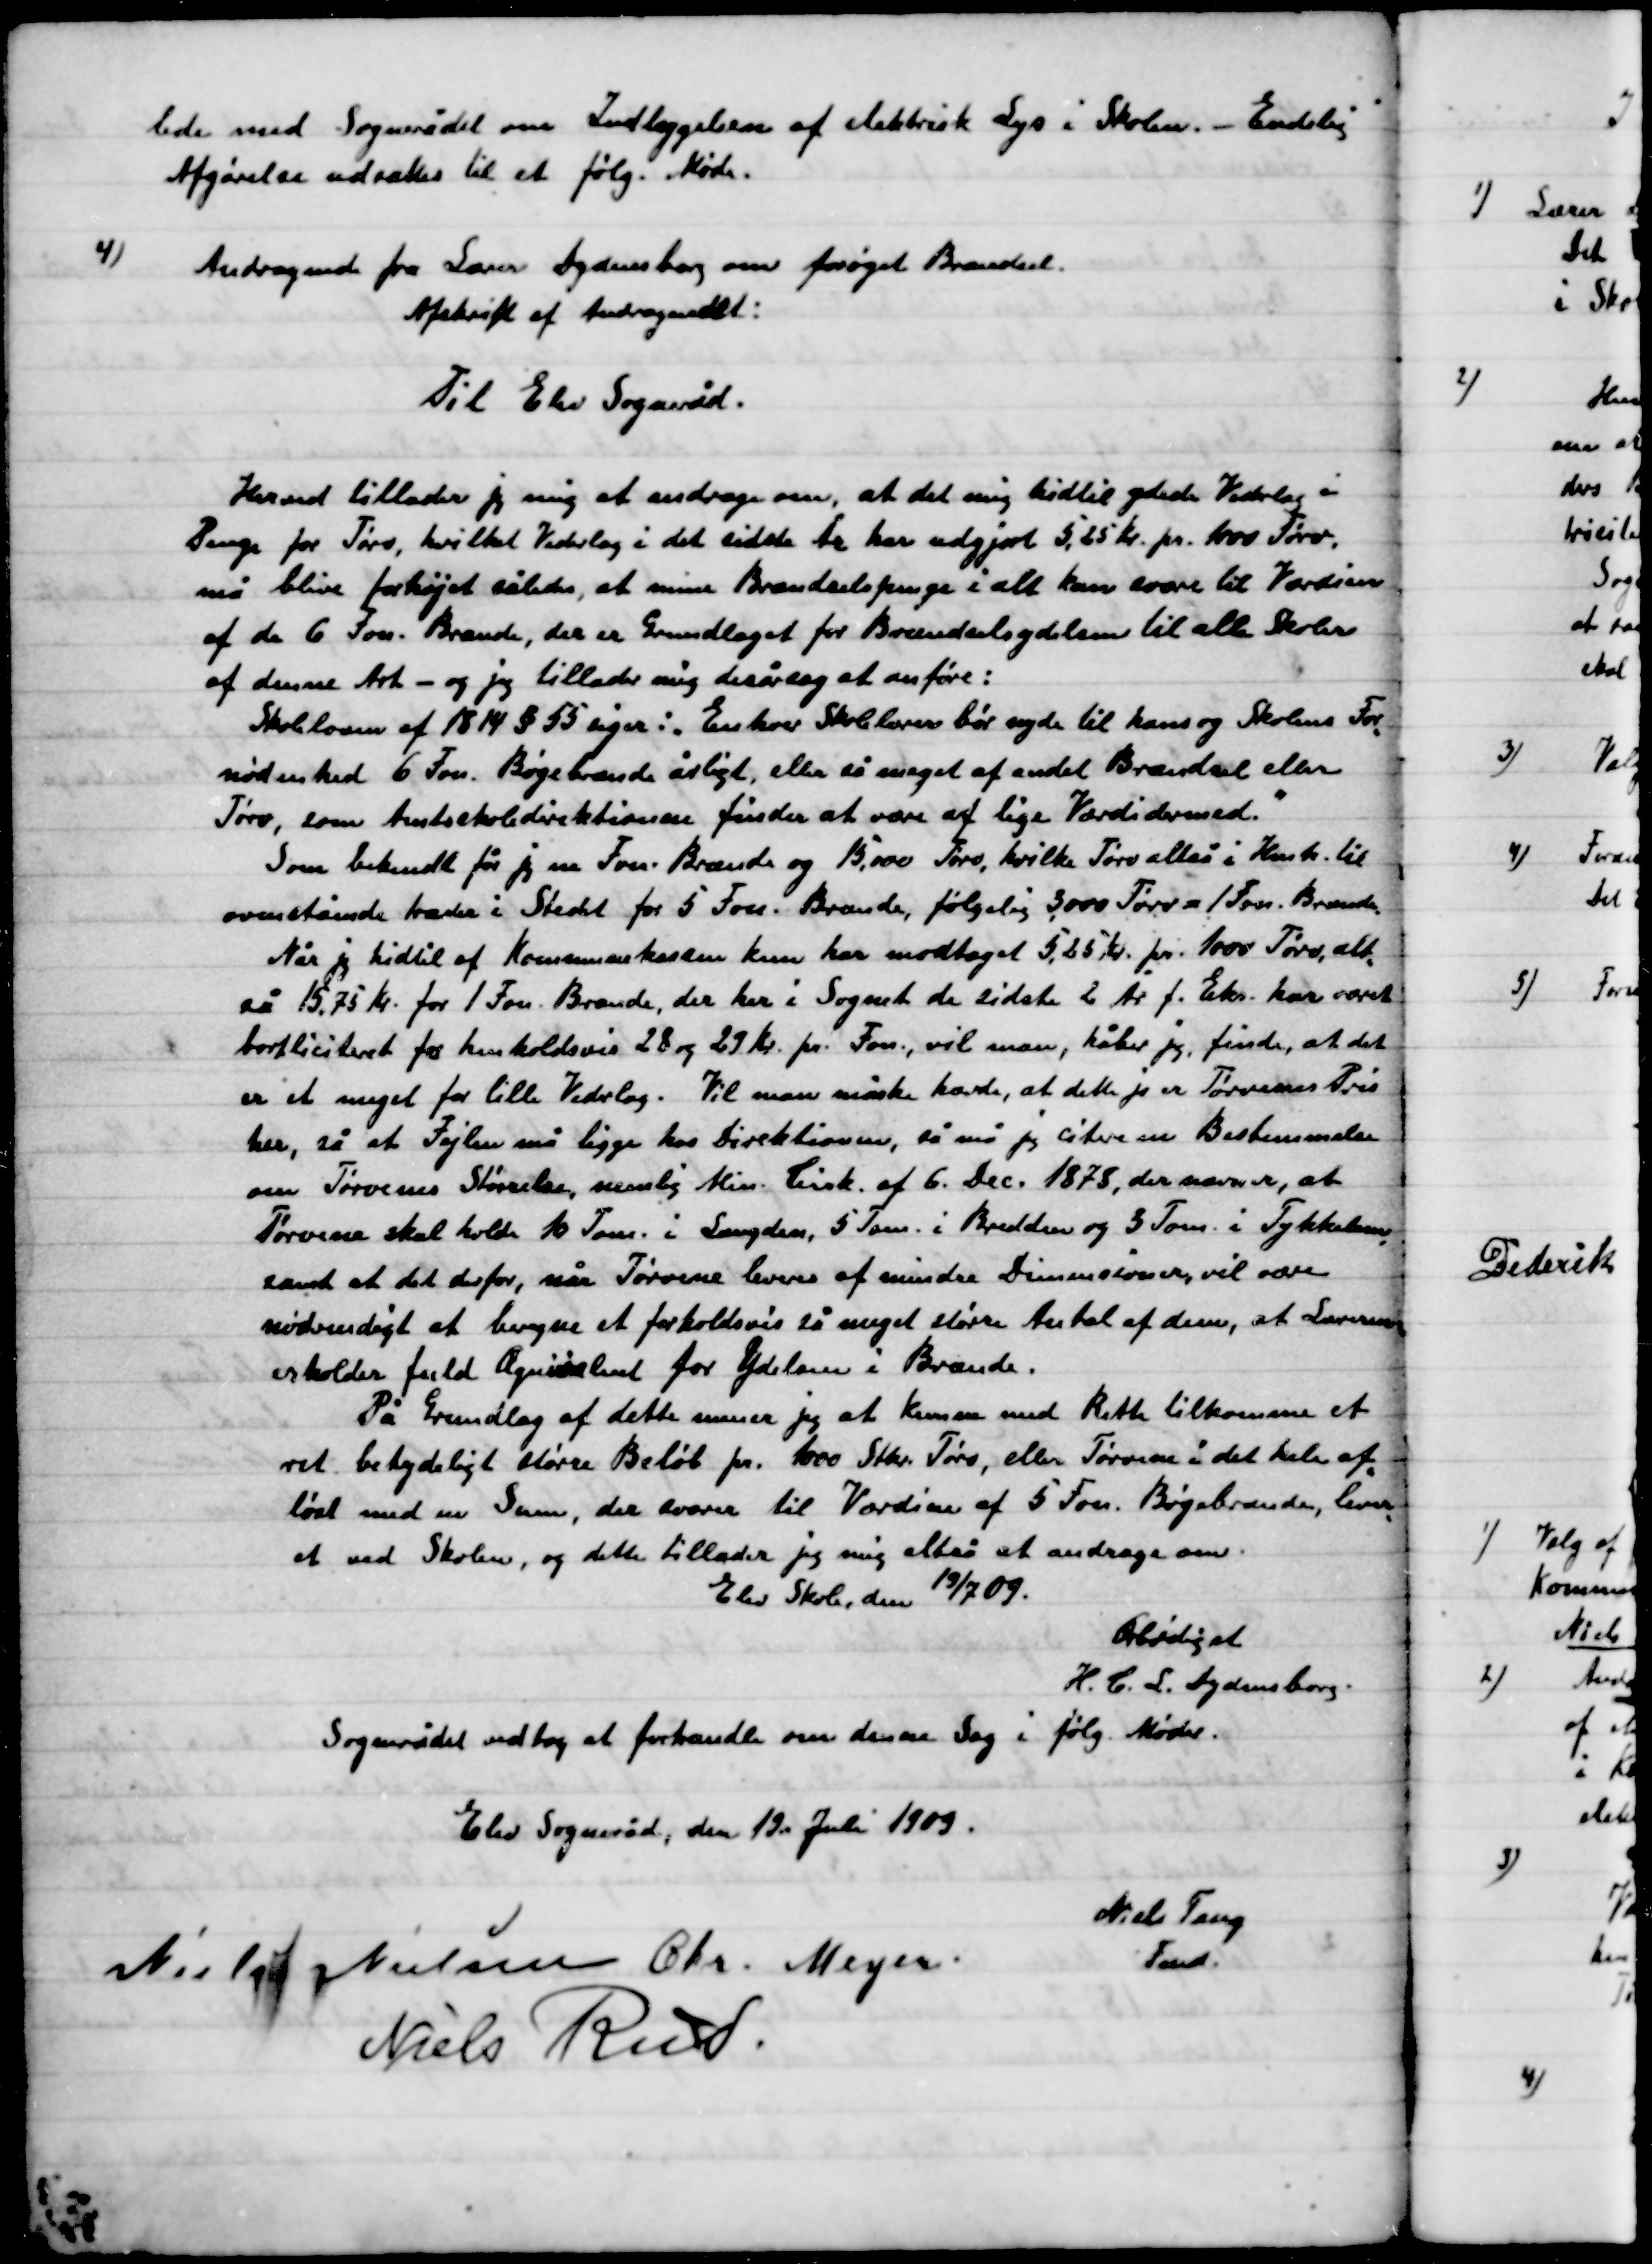
Transskription:
bede med Sognerådet om Indlæggelse af  elektrisk Lys i Skolen. – Endelig
Afgørelse udsattes til et følg. Møde.

4)

Andragende fra Lærer Dydensborg om forøget Brændsel.
Afskrift af Andragendet:

Til Elev Sogneråd.
Herved tillader jeg mig at andrage om, at det mig hidtil ydede Vederlag i
Penge for Tørv, hvilket vederlag i det sidste År har udgjort 5,25 Kr. pr. 1000 Tørv
må blive forhøjet således, at mine Brændselspenge i alt kan svare til Værdien
af de 6 Favn Brænde, der er Grundlaget for Brændselsydelsen til alle Skoler
af denne Art – og jeg tillader mig desårsag at anføre:
Skoleloven af 1814 § 55 siger: ”Enhver Skolelærer bør søge til hans og Skolens For-
nødenhed 6 Favn Bøgebrænde årligt, eller så meget af andet Brændsel eller
Tørv, som Amtsskoledirektionen finder at være af lige Værdi dermed.”
Som bekendt får jeg en Favn Brænde og 15.000 tørv, hvilke Tørv altså i henh. til
ovenstående træder i stedet for 5 Favn. Brænde, følgelig 3.000 Tørv = 1 Favn Brænde.
Når jeg hidtil af Kommunekassen kun har modtaget 5,25 Kr. pr. 1000 Tørv, alt-
så 15,75 Kr. for 1 favn Brænde, der her i Sognet de sidste 2 År f. Eks. har været
bortliciteret for henholdsvis 28 og 29 Kr. pr. Favn, vil man, håber jeg, finde, at det
er et meget for lille Vederlag. Vil man måske have, at dette jo er Tørvenes Pris
her, så at Fejlen må ligge hos Direktionen, så må jeg citere en Bestemmelse
om Tørvenes Størrelse, nemlig Mini. Cirk. af 6 Dec. 1878, der nævner, at
Tørvene skal holde 10 Tom. i Længden, 5 Tom. i Bredden og 3 Tom. i Tykkelsen
samt at det derfor, når tørvene leveres af mindre Dimission vil være
nødvendigt at beregne et forholdsvis så meget større Antal af dem, at Lærerne
erholder fuld  for Ydelsen i Brænde.
På Grundlag af dette anser jeg at Kunne med Rette tilkomme et
ret betydeligt større Beløb pr. 1000 Stkr. Tørv, eller Tørvene i det hele af-
løst med en Sum, der svarer til Værdien af 5 Favn Bøgebrænde, lever-
et ved Skolen, og dette tillader jeg mig altså at andrage om.
Elev skole, den 19/7 09.
Ærbødigst
H.C.L. Dydensborg

Sognerådet vedtog at forhandle om denne sag i følg. Møde.

Elev Sogneråd, den 19, Juli 1909.

Niels Tang
Fmd.
Niels Nielsen
Chr. Meyer
Niels Rud